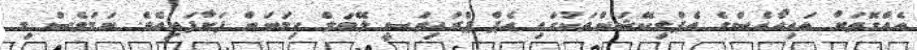
އެއްގޮތަށް އައިއޯއެސްގެ އެޕްލިކޭޝަންތަކުގައި އެޕް ޕްރައިވަސީ ލޭބަލް ހިމަނަން ފަށާފައިއެވެ. ނަމަވެސް މި